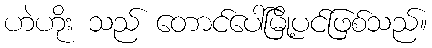
ဟဲဟိုး သည် တောင်ပေါ်မြို့ပင်ဖြစ်သည်။